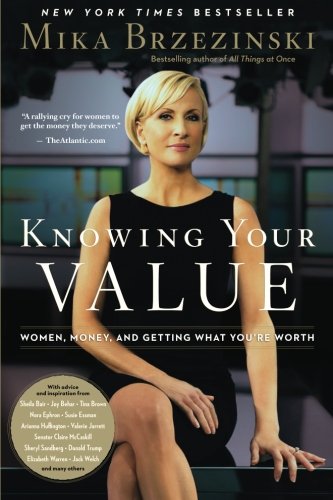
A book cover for Knowing Your Value: Women, Money, and Getting What You're Worth; Mika Brzezinski; Business & Money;